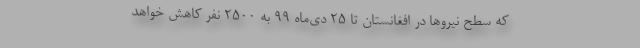
که سطح نیروها در افغانستان تا 25 دی‌ماه 99 به 2500 نفر کاهش خواهد